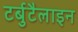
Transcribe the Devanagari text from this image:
टर्बुटैलाइन